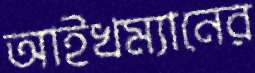
আইখম্যানের